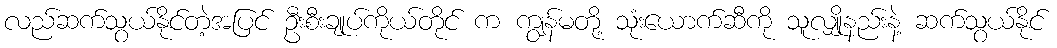
လည်ဆက်သွယ်နိုင်တဲ့အပြင် ဦးစီးချုပ်ကိုယ်တိုင် က ကျွန်မတို့ သုံးယောက်ဆီကို သူလျှိုနည်းနဲ့ ဆက်သွယ်နိုင်